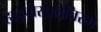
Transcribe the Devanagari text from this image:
हाइपोस्पलेनिस्म